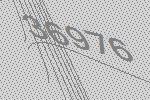
36976